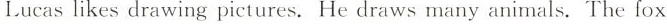
Lucas likes drawing pictures. He draws many animals. The fox